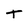
Character: T